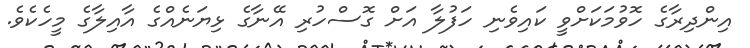
އިންދިރާގެ ހޮވުމަކަށްވީ ކައިވެނި ހަފުލާ އަށް ގޮސްހުރި އޭނާގެ ޅިޔަނެއްގެ އާއިލާގެ މީހެކެވެ.